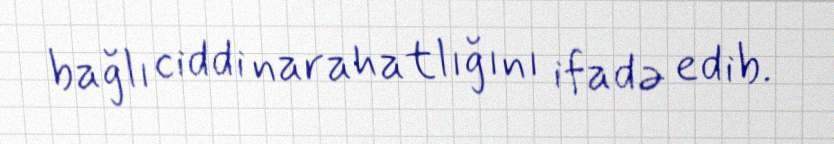
bağlı ciddi narahatlığını ifadə edib.